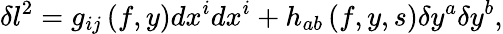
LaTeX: \delta l^{2}=g_{ij}\left(f,y\right)dx^{i}dx^{i}+h_{ab}\left(f,y,s\right)\delta y^{a}\delta y^{b},